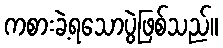
ကစားခဲ့ရသောပွဲဖြစ်သည်။